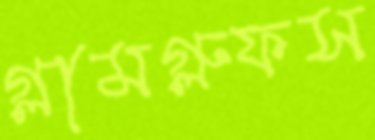
গ্লামগ্লুফস